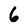
Character: 6